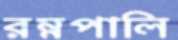
রম্নপালি